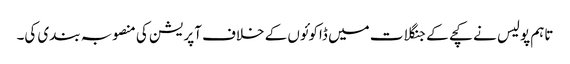
تاہم پولیس نے کچے کے جنگلات میں ڈاکوئوں کے خلاف آپریشن کی منصوبہ بندی کی۔